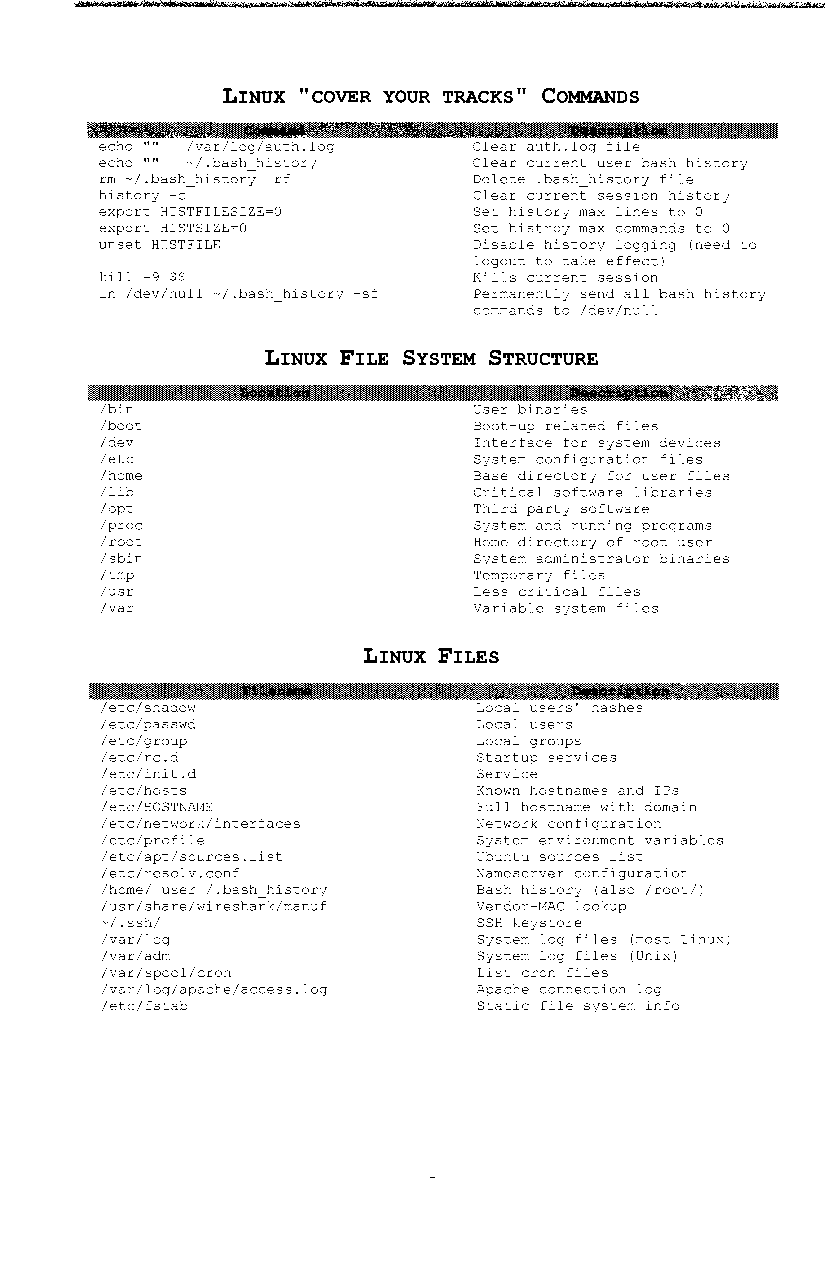
LINUX COVER YOUR TRACKS COMMANDS
 II            II
 echo "" /var/log/auth.log Clear auth.log file
 echo '''' -/.bash history Clear current user bash history
 rrn -/.bash histor/ -rf Delete .bash_history file
 history -c              Clear current session history
 export HISTFILESIZE=O   Set historj max lines to 0
 export HISTSIZE=O       Set histroy max commands to 0
 unset HISTFILE          Disable history logging (need to
 logout to take effect)
 kill -9 $$              Kills current session
 ln /dev/null -/.bash_historj -sf Perrnanentlj send all bash history
 commands to /dev/null
 LINUX FILE SYSTEM STRUCTURE
 /bin                    User binaries
 /boot                   Boot-up related files
 /dev                    Interface for system devices
 /etc                    Sjstern configuration files
 /horne                  Base directory for user files
 /lib                    Critical software libraries
 /opt                    Third party software
 /proc                   Sjstern and running programs
 /root                   Home directory of root user
 /sbin                   System administrator binaries
 /trnp                   Temporary files
 /usr                    Less critical files
 /var                    Variable Sjstern files
 LINUX FILES
 /etc/shadow              Local users' hashes
 /etc/passwd              Local users
 /etc/group               Local groups
 /etc/rc.d                Startup services
 /etc/init.d              Service
 /etc/hosts               Known hostnames and IPs
 /etc/HOSTNAl1E           Full hostnarne with domain
 /etc/network/interfaces  Network configuration
 /etc/profile             System environment variables
 /etc/apt/sources.list    Ubuntu sources list
 /etc/resolv.conf         Narneserver configuration
 /horne/ user /.bash historj Bash history (also /root/)
 /usr/share/wireshark/rnanuf Vendor-t1AC lookup
 -/.ssh/                  SSH keystore
 /var/log                 System log files (most Linux)
 /var/adrn                System log files (Unix)
 /var/spool/cron          List cron files
 /var/log/apache/access.log Apache connection log
 /etc/fstab               Static file system info